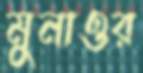
মুনাওর